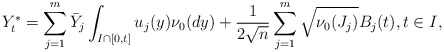
\begin{align*}Y_t^*=\sum_{j=1}^m\bar Y_j\int_{I\cap [0,t]} u_j(y)\nu_0(dy)+\frac{1}{2\sqrt{n}}\sum_{j=1}^m\sqrt{\nu_0(J_j)}B_j(t),t\in I,\end{align*}